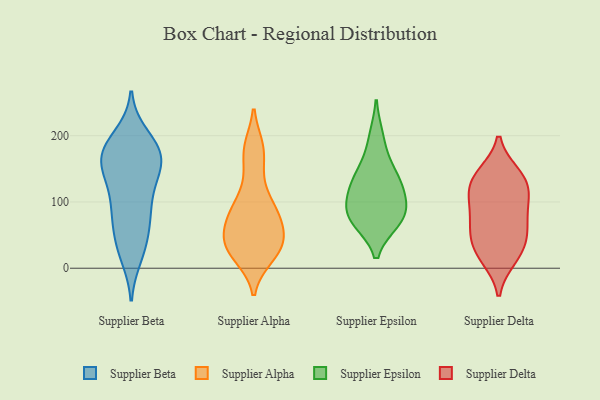
{"axis": {"x": "Humidity (%)", "y": "Value"}, "legend": ["Supplier Alpha", "Supplier Beta", "Supplier Delta", "Supplier Epsilon"], "data": [{"x": "", "y": 97, "type": "Supplier Beta"}, {"x": "", "y": 184, "type": "Supplier Beta"}, {"x": "", "y": 19, "type": "Supplier Beta"}, {"x": "", "y": 186, "type": "Supplier Beta"}, {"x": "", "y": 87, "type": "Supplier Beta"}, {"x": "", "y": 82, "type": "Supplier Beta"}, {"x": "", "y": 143, "type": "Supplier Beta"}, {"x": "", "y": 129, "type": "Supplier Beta"}, {"x": "", "y": 30, "type": "Supplier Beta"}, {"x": "", "y": 162, "type": "Supplier Beta"}, {"x": "", "y": 199, "type": "Supplier Beta"}, {"x": "", "y": 128, "type": "Supplier Beta"}, {"x": "", "y": 170, "type": "Supplier Beta"}, {"x": "", "y": 73, "type": "Supplier Beta"}, {"x": "", "y": 175, "type": "Supplier Beta"}, {"x": "", "y": 166, "type": "Supplier Beta"}, {"x": "", "y": 174, "type": "Supplier Beta"}, {"x": "", "y": 58, "type": "Supplier Beta"}, {"x": "", "y": 151, "type": "Supplier Beta"}, {"x": "", "y": 30, "type": "Supplier Beta"}, {"x": "", "y": 84, "type": "Supplier Alpha"}, {"x": "", "y": 101, "type": "Supplier Alpha"}, {"x": "", "y": 84, "type": "Supplier Alpha"}, {"x": "", "y": 17, "type": "Supplier Alpha"}, {"x": "", "y": 50, "type": "Supplier Alpha"}, {"x": "", "y": 39, "type": "Supplier Alpha"}, {"x": "", "y": 49, "type": "Supplier Alpha"}, {"x": "", "y": 21, "type": "Supplier Alpha"}, {"x": "", "y": 24, "type": "Supplier Alpha"}, {"x": "", "y": 83, "type": "Supplier Alpha"}, {"x": "", "y": 182, "type": "Supplier Alpha"}, {"x": "", "y": 141, "type": "Supplier Alpha"}, {"x": "", "y": 51, "type": "Supplier Alpha"}, {"x": "", "y": 180, "type": "Supplier Alpha"}, {"x": "", "y": 89, "type": "Supplier Epsilon"}, {"x": "", "y": 71, "type": "Supplier Epsilon"}, {"x": "", "y": 198, "type": "Supplier Epsilon"}, {"x": "", "y": 71, "type": "Supplier Epsilon"}, {"x": "", "y": 96, "type": "Supplier Epsilon"}, {"x": "", "y": 156, "type": "Supplier Epsilon"}, {"x": "", "y": 75, "type": "Supplier Epsilon"}, {"x": "", "y": 134, "type": "Supplier Epsilon"}, {"x": "", "y": 125, "type": "Supplier Epsilon"}, {"x": "", "y": 121, "type": "Supplier Epsilon"}, {"x": "", "y": 139, "type": "Supplier Delta"}, {"x": "", "y": 16, "type": "Supplier Delta"}, {"x": "", "y": 50, "type": "Supplier Delta"}, {"x": "", "y": 67, "type": "Supplier Delta"}, {"x": "", "y": 132, "type": "Supplier Delta"}, {"x": "", "y": 19, "type": "Supplier Delta"}, {"x": "", "y": 121, "type": "Supplier Delta"}, {"x": "", "y": 84, "type": "Supplier Delta"}, {"x": "", "y": 55, "type": "Supplier Delta"}, {"x": "", "y": 141, "type": "Supplier Delta"}, {"x": "", "y": 96, "type": "Supplier Delta"}, {"x": "", "y": 111, "type": "Supplier Delta"}, {"x": "", "y": 32, "type": "Supplier Delta"}]}